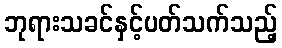
ဘုရားသခင်နှင့်ပတ်သက်သည့်